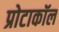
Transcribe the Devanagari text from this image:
प्रोटाकॉल